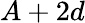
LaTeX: A+2d